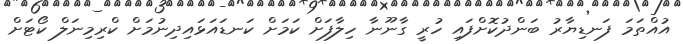
އުއްތަމަ ފަނޑިޔާރު ބަންދުކޮށްފައި ހުރީ ގާނޫނާ ހިލާފަށް ކަމަށް ކަނޑައަޅައިދިނުމަށް ކްރިމިނަލް ކޯޓަށް